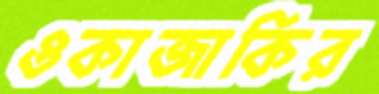
ওকাজাকির